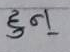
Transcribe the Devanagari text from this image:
हुन्